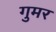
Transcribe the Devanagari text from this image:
गुमर